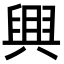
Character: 𦥷